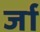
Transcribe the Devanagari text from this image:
र्जा